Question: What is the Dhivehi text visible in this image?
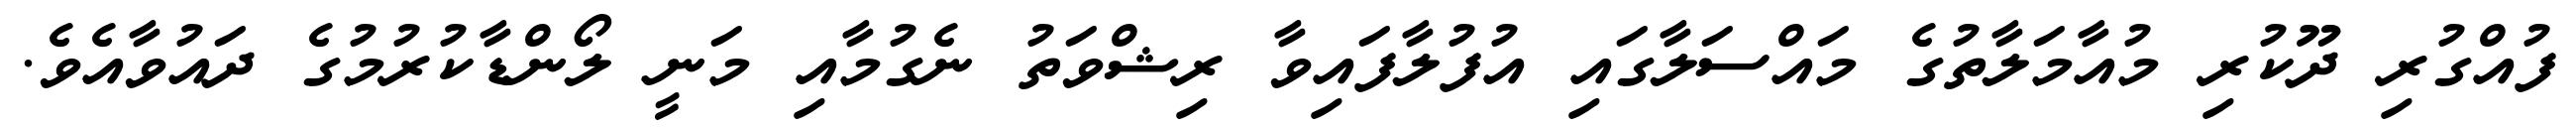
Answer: ފުއްގުރި ދޫކުރި މުއާމަލާތުގެ މައްސަލާގައި އުފުލާފައިވާ ރިޝްވަތު ނެގުމާއި މަނީ ލޯންޑާކުރުމުގެ ދައުވާއެވެ.